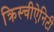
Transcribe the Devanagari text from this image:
क्रिस्चीऐनिटी